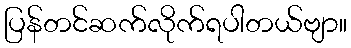
ပြန်တင်ဆက်လိုက်ရပါတယ်ဗျာ။